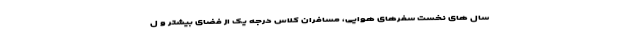
سال های نخست سفرهای هوایی، مسافران کلاس درجه یک از فضای بیشتر و ل